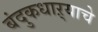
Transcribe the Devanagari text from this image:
बंदुकधाऱ्याचे